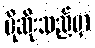
ပိုဆိုးသည်မှာ